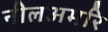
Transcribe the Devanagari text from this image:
नीलअमरि